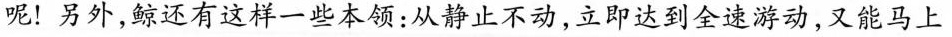
上霸王”虎鲸，每小时可游55千米；上百吨的抹香鲸还是海洋中的潜水冠军